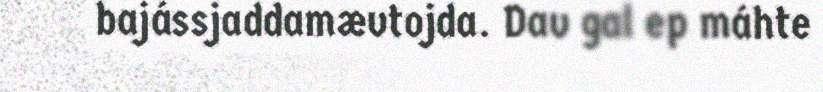
bajássjaddamævtojda. Dav gal ep máhte